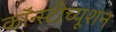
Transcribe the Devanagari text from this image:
कॉन्स्टीच्यूशन